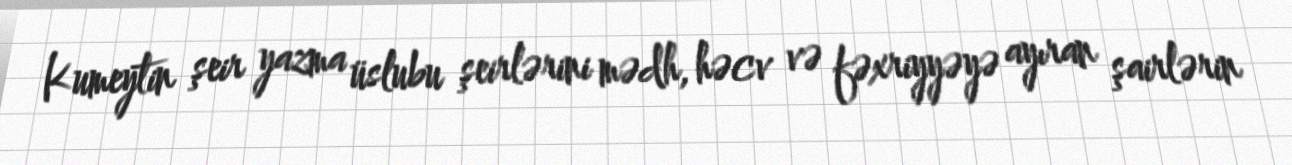
Kumeytin şeir yazma üslubu şeirlərini mədh, həcv və fəxriyyəyə ayıran şairlərin